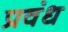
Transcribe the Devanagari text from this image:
प्रवंध